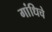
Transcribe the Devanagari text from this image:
गांधिचे